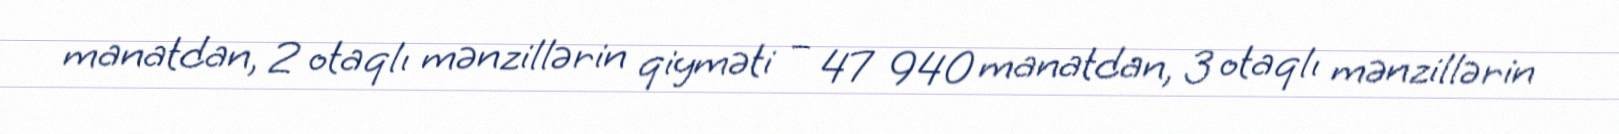
manatdan, 2 otaqlı mənzillərin qiyməti – 47 940 manatdan, 3 otaqlı mənzillərin